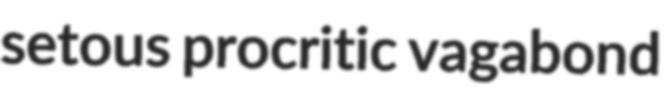
setous procritic vagabond